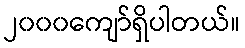
၂၀၀၀ကျော်ရှိပါတယ်။